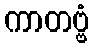
ကာတဗ္ဗံ